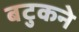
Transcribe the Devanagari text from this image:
बटुकने